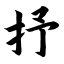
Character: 抒